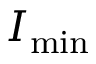
I _ { \mathrm { m i n } }